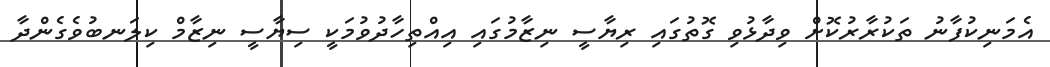
އެމަނިކުފާނު ތަކުރާރުކޮށް ވިދާޅުވި ގޮތުގައި ރިޔާސީ ނިޒާމުގައި އިއްތިހާދުވުމަކީ ސިޔާސީ ނިޒާމް ކިލަނބުވެގެންދާ